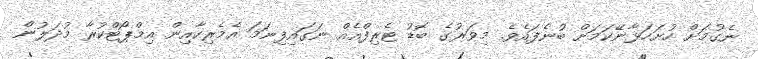
ނެގުމަށް ހުށަހަޅާނޭކަމަށް ބުނެފައެވެ. މިވަރުގެ ބޮޑު ޓެރިފްއެއް ނަގައިފިނަމަ އެމެރިކާއިން އިމްޕޯޓްކުރާ މުދަލުން